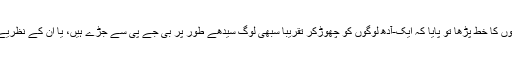
جب ان 62 لوگوں کا خط پڑھا تو پایا کہ ایک-آدھ لوگوں کو چھوڑ‌کر تقریباً سبھی لوگ سیدھے طور پر بی جے پی سے جڑے ہیں، یا ان کے نظریے کے ساتھ ہیں۔